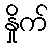
နှိုက်